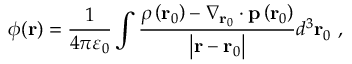
\phi ( \mathbf { r } ) = { \frac { 1 } { 4 \pi \varepsilon _ { 0 } } } \int { \frac { \rho \left( \mathbf { r } _ { 0 } \right) - \nabla _ { \mathbf { r } _ { 0 } } \cdot \mathbf { p } \left( \mathbf { r } _ { 0 } \right) } { \left| \mathbf { r } - \mathbf { r } _ { 0 } \right| } } d ^ { 3 } \mathbf { r } _ { 0 } \ ,